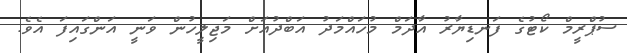
ސުޕްރީމް ކޯޓުގެ ފަނޑިޔާރު އާދަމް މުހައްމަދު އަބްދުއަށް މަޖިލީހުން ވަނީ އަންގައިފަ އެވެ.